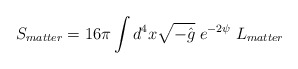
\begin{align*}S_{matter}=16\pi\int d^4x\sqrt{-\hat g}\;e^{-2\psi}\;L_{matter}\end{align*}